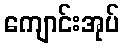
ကျောင်းအုပ်